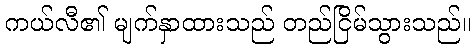
ကယ်လီ၏ မျက်နှာထားသည် တည်ငြိမ်သွားသည်။